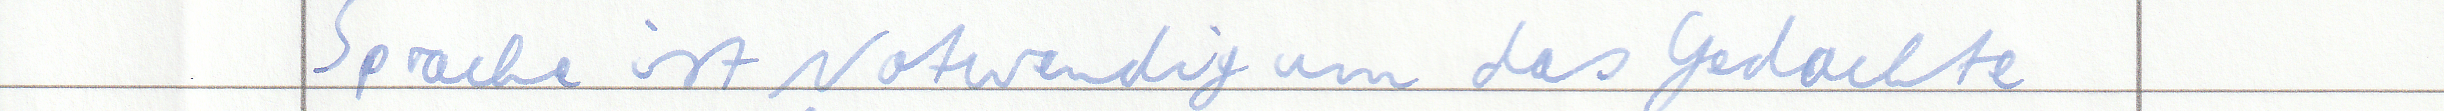
Sprache ist Notwendig um das Gedachte